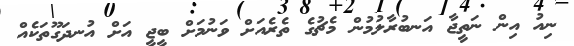
ނިއު އިން ނަތީޖާ އަނބުރާލުމުން މެޗުގެ ތެރެއަށް ވަނުމަށް ބީޖީ އަށް އުނދަގޫތަކެއް